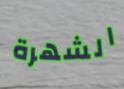
الشهرة